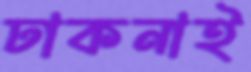
ঢাকনাই